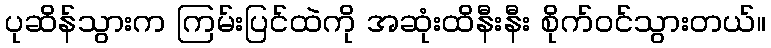
ပုဆိန်သွားက ကြမ်းပြင်ထဲကို အဆုံးထိနီးနီး စိုက်ဝင်သွားတယ်။